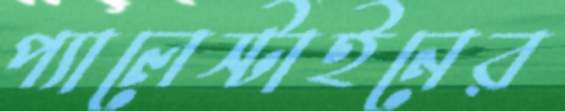
প্যালেস্টাইনের